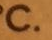
C.